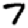
Digit: 7